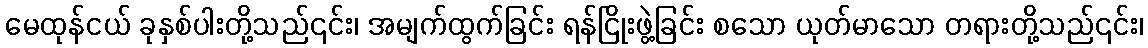
မေထုန်ငယ် ခုနှစ်ပါးတို့သည်၎င်း၊ အမျက်ထွက်ခြင်း ရန်ငြိုးဖွဲ့ခြင်း စသော ယုတ်မာသော တရားတို့သည်၎င်း၊